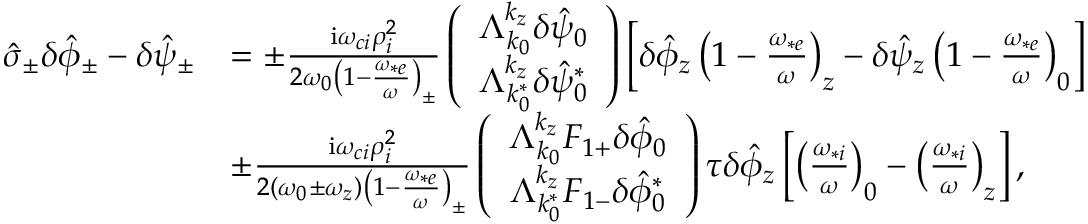
\begin{array} { r l } { \hat { \sigma } _ { \pm } \delta \hat { \phi } _ { \pm } - \delta \hat { \psi } _ { \pm } } & { = \pm \frac { \mathrm { i } \omega _ { c i } \rho _ { i } ^ { 2 } } { 2 \omega _ { 0 } \left( 1 - \frac { \omega _ { * e } } { \omega } \right) _ { \pm } } \left( \begin{array} { c } { \Lambda _ { k _ { 0 } } ^ { k _ { z } } \delta \hat { \psi } _ { 0 } } \\ { \Lambda _ { k _ { 0 } ^ { * } } ^ { k _ { z } } \delta \hat { \psi } _ { 0 } ^ { * } } \end{array} \right) \left[ \delta \hat { \phi } _ { z } \left( 1 - \frac { \omega _ { * e } } { \omega } \right) _ { z } - \delta \hat { \psi } _ { z } \left( 1 - \frac { \omega _ { * e } } { \omega } \right) _ { 0 } \right] } \\ & { \pm \frac { \mathrm { i } \omega _ { c i } \rho _ { i } ^ { 2 } } { 2 \left( \omega _ { 0 } \pm \omega _ { z } \right) \left( 1 - \frac { \omega _ { * e } } { \omega } \right) _ { \pm } } \left( \begin{array} { c } { \Lambda _ { k _ { 0 } } ^ { k _ { z } } F _ { 1 + } \delta \hat { \phi } _ { 0 } } \\ { \Lambda _ { k _ { 0 } ^ { * } } ^ { k _ { z } } F _ { 1 - } \delta \hat { \phi } _ { 0 } ^ { * } } \end{array} \right) \tau \delta \hat { \phi } _ { z } \left[ \left( \frac { \omega _ { * i } } { \omega } \right) _ { 0 } - \left( \frac { \omega _ { * i } } { \omega } \right) _ { z } \right] , \raisetag { 3 \normalbaselineskip } } \end{array}